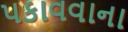
પકાવવાના